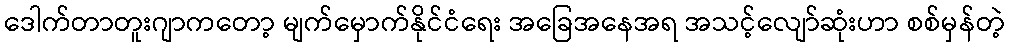
ဒေါက်တာတူးဂျာကတော့ မျက်မှောက်နိုင်ငံရေး အခြေအနေအရ အသင့်လျော်ဆုံးဟာ စစ်မှန်တဲ့